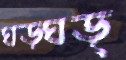
ঘড়্‌ঘড়্‌